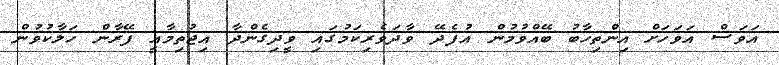
އަވަސް އަވަހަށް އިންތިހާބު ބޭއްވުމުން އުފެދޭ ވާދަވެރިކަމުގައި ވީދިގެންދާ އިޖުތިމާއީ ފޭރާން ހަލާކުވުން